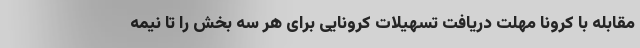
مقابله با کرونا مهلت دریافت تسهیلات کرونایی برای هر سه بخش را تا نیمه